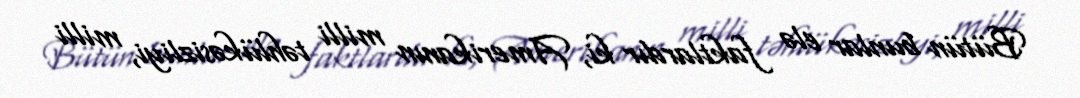
Bütün bunlar elə faktlardır ki, Amerikanın milli təhlükəsizliyi, milli